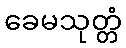
ခေမသုတ္တံ